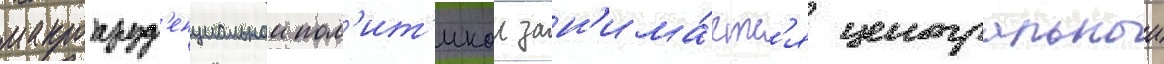
макропруд'енциальнои пол'ит'икои зан'има́етс'я центральныи